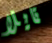
تايلا